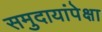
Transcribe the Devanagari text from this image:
समुदायांपेक्षा